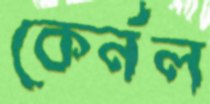
কের্নল